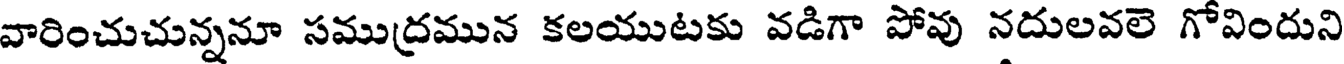
వారించుచున్ననూ సముద్రమున కలయుటకు వడిగా పోవు నదులవలె గోవిందుని